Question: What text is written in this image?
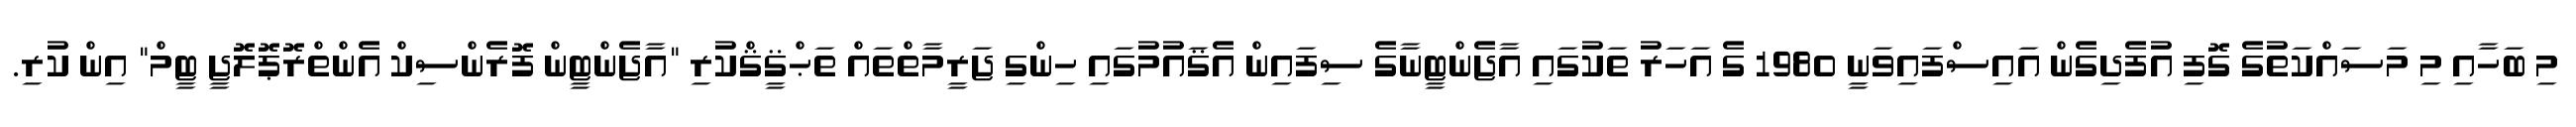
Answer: މި ބަހާއި މި މަސައްކަތުގެ ގޮފި އުފެދިގެން އައިސްފައިވަނީ 1980 ގެ އަހަރު ތަކުގައި އާޖެންޓީނާގެ ސިފައިން އެޤައުމުގައި ހިންގި ޖަރީމާތްތައް ތަޙްޤީޤްކުރި "އާޖެންޓީން ފޮރެންސިކް އެންތްރޮޕޮލޮޖީ ޓީމް" އިން ކުރި.